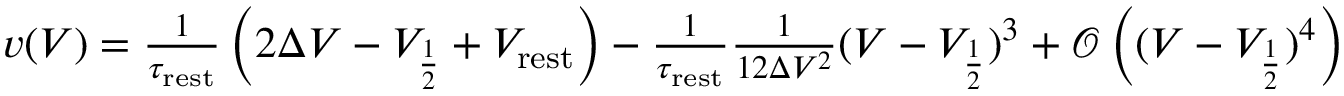
\begin{array} { r } { v ( V ) = \frac { 1 } { \tau _ { \mathrm { r e s t } } } \left( 2 \Delta V - V _ { \frac { 1 } { 2 } } + V _ { \mathrm { r e s t } } \right) - \frac { 1 } { \tau _ { \mathrm { r e s t } } } \frac { 1 } { 1 2 \Delta V ^ { 2 } } ( V - V _ { \frac { 1 } { 2 } } ) ^ { 3 } + \mathcal { O } \left( ( V - V _ { \frac { 1 } { 2 } } ) ^ { 4 } \right) } \end{array}